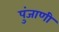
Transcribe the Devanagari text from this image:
पुंजाणी